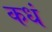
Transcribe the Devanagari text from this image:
कधं